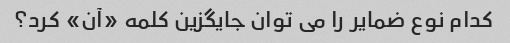
کدام نوع ضمایر را می توان جایگزین کلمه «آن» کرد؟